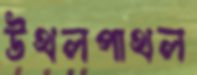
উথলপাথল